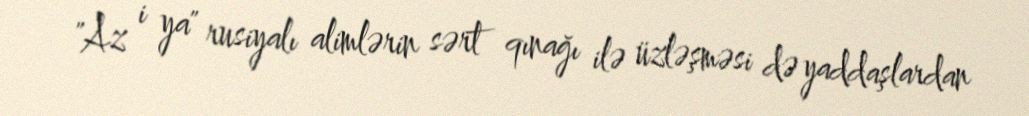
"Az i ya" rusiyalı alimlərin sərt qınağı ilə üzləşməsi də yaddaşlardan